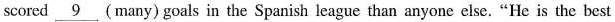
scored \underline{9} (many) goals in the Spanish league than anyone else. "He is the best